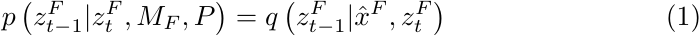
\begin{equation}
    p\left(z_{t-1}^{F} | z_t^{F}, M_F, P\right) = q\left(z_{t-1}^{F} | \hat{x}^{F}, z_t^{F}\right)
\end{equation}